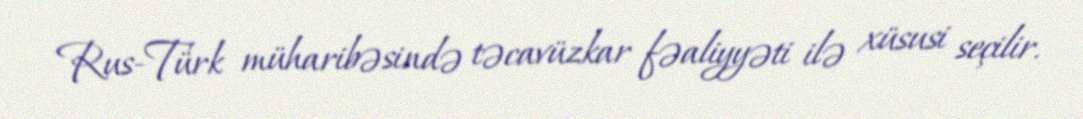
Rus-Türk müharibəsində təcavüzkar fəaliyyəti ilə xüsusi seçilir.